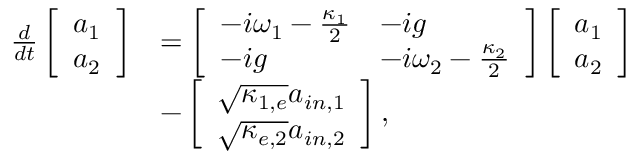
\begin{array} { r l } { \frac { d } { d t } \left[ \begin{array} { l } { a _ { 1 } } \\ { a _ { 2 } } \end{array} \right] } & { = \left[ \begin{array} { l l } { - i \omega _ { 1 } - \frac { \kappa _ { 1 } } { 2 } } & { - i g } \\ { - i g } & { - i \omega _ { 2 } - \frac { \kappa _ { 2 } } { 2 } } \end{array} \right] \left[ \begin{array} { l } { a _ { 1 } } \\ { a _ { 2 } } \end{array} \right] } \\ & { - \left[ \begin{array} { l } { \sqrt { \kappa _ { 1 , e } } a _ { i n , 1 } } \\ { \sqrt { \kappa _ { e , 2 } } a _ { i n , 2 } } \end{array} \right] , } \end{array}